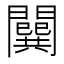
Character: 𨶷